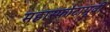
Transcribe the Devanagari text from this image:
महास्फोटापूर्वी